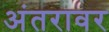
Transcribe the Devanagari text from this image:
अंतरावर